Report on lock hospitals in British Burma
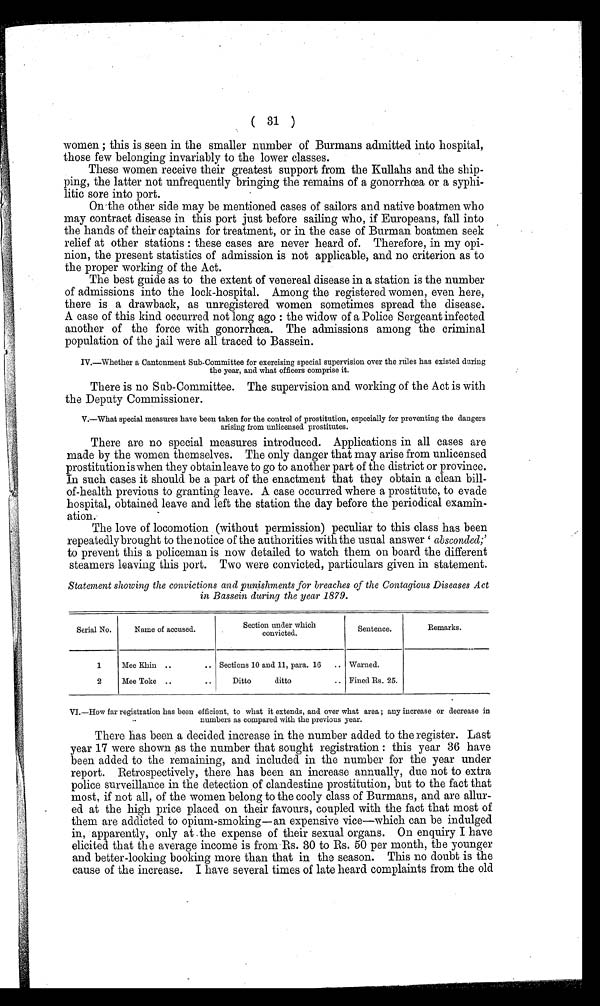
(
women ; this is seen in the smaller number of Burmans admitted into hospital,
those few belonging invariably to the lower classes.
These women receive their greatest support from the Kullahs and the ship--
ping, the latter not unfrequently bringing the remains of a gonorrhœa or a syphi-
litic sore into port.
On-the other side may be mentioned cases of sailors and native boatmen who
may contract disease in this port just before sailing who, if Europeans, fall into
the hands of their captains for treatment, or in the case of Burman boatmen seek
relief at other stations : these cases are never heard of. Therefore, in my opi-
-nion, the present statistics of admission is not applicable, and no criterion as to
the proper working of the Act.
The best guide as to the extent of venereal disease in a station is the number
of admi ssi ons i nto the l l ock-hospi tal . Among the regi stered women, even here,
there is a drawback, as unregistered women sometimes spread the disease.
A case of this kind occurred not long ago : the widow of a Police Sergeant infected
another of the force with gonorrhœa. The admissions among the criminal
population of the jail were all traced to Bassein.
IV.—Whether a Cantonment Sub-Committee for exercising special supervision over the rules has existed during
the year, and what officers comprise it.
There is no Sub-Committee. The supervision and working of the Act is with
the Deputy Commissioner.
V.—What special measures have been taken for the control of prostitution, especially for preventing the dangers
arising from unlicensed prostitutes.
There are no special measures introduced. Applications in all cases are
made by the women themselves. The only danger that may arise from unlicensed
prostitution is when they obtain leave to go to another part of the district or province.
In such cases it should be a part of the enactment that they obtain a clean bill-
-of-health previous to granting leave. A case occurred where a prostitute, to evade
hospital, obtained leave and left the station the day before the periodical examin-
ation.
The love of locomotion (without permission) peculiar to this class has been
repeatedly brought to the notice of the authorities with the usual answer ' a b s c o n d e d ; '
to prevent this a policeman is now detailed to watch them on board the different
steamers leaving this port. Two were convicted, particulars given in statement.
Statement showing the convictions and punishments for breaches of the Contagious Diseases Act
in Bassein during the year 1879.
Serial No.
Name of accused.
Section under which
convicted.
Sentence.
Remarks.
1
Mee Khin ..
.. Sections 10 and 11, para. 16 .. Warned.
2
Mee Toke ..
..
Ditto
ditto
.. Fined Rs. 25.
VI.—How far registration has been efficient, to what it extends, and over what area ; any increase or decrease in
numbers as compared with the previous year.
There has been a decided increase in the number added to the register. Last
year 17 were shown as the number that sought registration : this year 36 have
been added to the remaining, and included in the number for the year under
report. Retrospectively, there has been an increase annually, due not to extra
police surveillance in the detection of clandestine prostitution, but to the fact that
most, if not all, of the women belong to the cooly class of Burmans, and are allur-
- e d a t t h e h i g h p r i c e p l a c e d o n t h e i r f a v o u r s , c o u p l e d w i t h t h e f a c t t h a t m o s t o f
them are addicted to opium-smoking—an expensive vice—which can be indulged
in, apparently, only at the expense of their sexual organs. On enquiry I have
elicited that the average income is from Rs. 30 to Rs. 50 per month, the younger
and better-looking booking more than that in the season. This no doubt is the
cause of the increase. I have several times of late heard complaints from the old